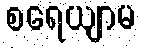
စရေယျာမ